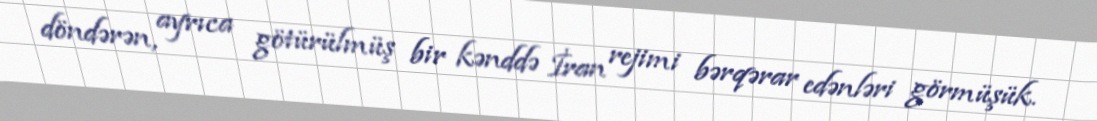
döndərən, ayrıca götürülmüş bir kənddə İran rejimi bərqərar edənləri görmüşük.